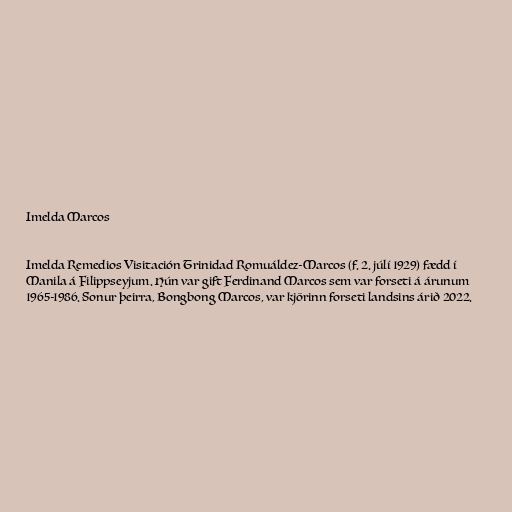
Imelda Marcos

Imelda Remedios Visitación Trinidad Romuáldez-Marcos (f. 2. júlí 1929) fædd í
Manila á Filippseyjum. Hún var gift Ferdinand Marcos sem var forseti á árunum
1965-1986. Sonur þeirra, Bongbong Marcos, var kjörinn forseti landsins árið 2022.